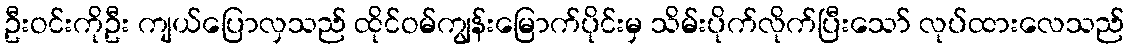
ဦးဝင်းကိုဦး ကျယ်ပြောလှသည် ထိုင်ဝမ်ကျွန်းမြောက်ပိုင်းမှ သိမ်းပိုက်လိုက်ပြီးသော် လုပ်ထားလေသည်